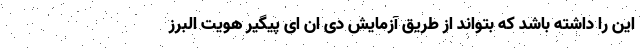
این را داشته باشد که بتواند از طریق آزمایش دی ان ای پیگیر هویت البرز